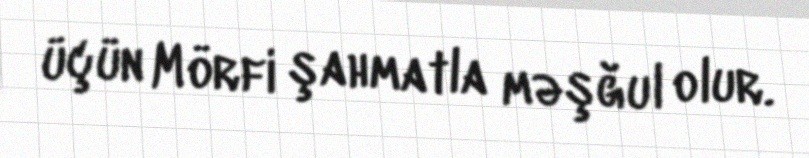
üçün Mörfi şahmatla məşğul olur.